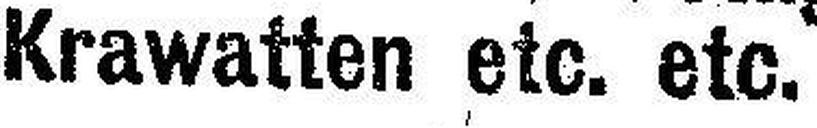
Krawatten etc. etc.